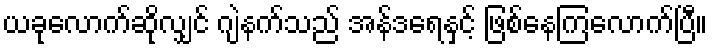
ယခုလောက်ဆိုလျှင် ဂျဲနက်သည် အန်ဒရေနှင့် ဖြစ်နေကြလောက်ပြီ။